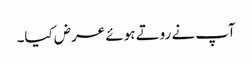
آپ نے روتے ہوئے عرض کیا۔